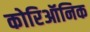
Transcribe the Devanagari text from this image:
कोरिऑनिक